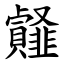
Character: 䪥